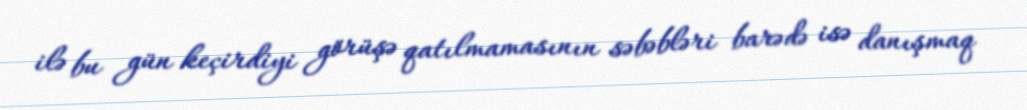
ilə bu gün keçirdiyi görüşə qatılmamasının səbəbləri barədə isə danışmaq